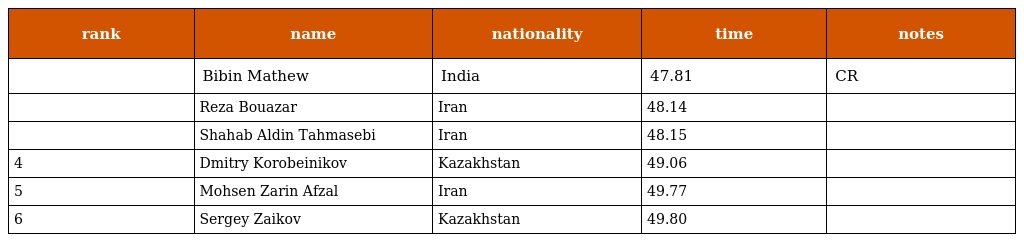
| rank | name | nationality | time | notes |
 | --- | --- | --- | --- | --- |
 |  | Bibin Mathew | India | 47.81 | CR |
 |  | Reza Bouazar | Iran | 48.14 |  |
 |  | Shahab Aldin Tahmasebi | Iran | 48.15 |  |
 | 4 | Dmitry Korobeinikov | Kazakhstan | 49.06 |  |
 | 5 | Mohsen Zarin Afzal | Iran | 49.77 |  |
 | 6 | Sergey Zaikov | Kazakhstan | 49.80 |  |